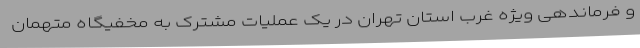
و فرماندهی ویژه غرب استان تهران در یک عملیات مشترک به مخفیگاه متهمان